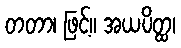
တတာ၊ ဖြင့်။ အယပိတ္ထ၊